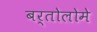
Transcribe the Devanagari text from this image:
बर्तोलोमे